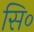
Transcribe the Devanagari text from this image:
सि०